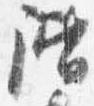
階